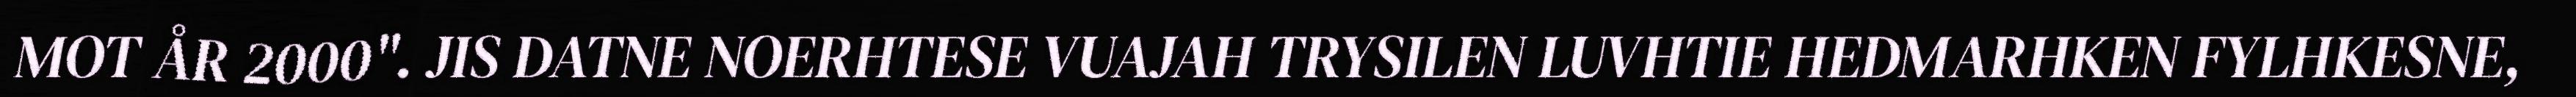
MOT ÅR 2000". JIS DATNE NOERHTESE VUAJAH TRYSILEN LUVHTIE HEDMARHKEN FYLHKESNE,